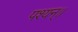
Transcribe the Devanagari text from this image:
पश्यन्॥